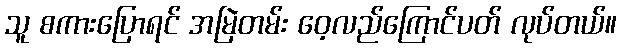
သူ စကားပြောရင် အမြဲတမ်း ဝေ့လည်ကြောင်ပတ် လုပ်တယ်။